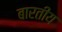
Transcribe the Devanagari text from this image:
बारतीय